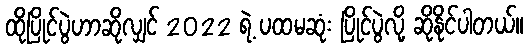
ထိုပြိုင်ပွဲဟာဆိုလျှင် 2022 ရဲ့ ပထမဆုံး ပြိုင်ပွဲလို့ ဆိုနိုင်ပါတယ်။